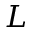
L